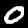
Label: 0